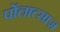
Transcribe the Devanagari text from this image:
पोंलात्साज़